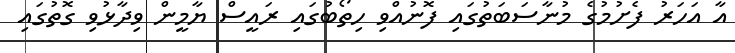
އާ އަހަރު ފެށުމުގެ މުނާސަބަތުގައި ފޮނުއްވި ހިތޯބުގައި ރައީސް ޔާމީން ވިދާޅުވި ގޮތުގައި